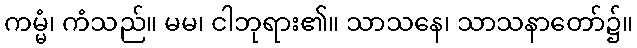
ကမ္မံ၊ ကံသည်။ မမ၊ ငါဘုရား၏။ သာသနေ၊ သာသနာတော်၌။